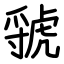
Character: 虢